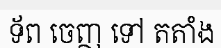
ទ័ព ចេញ ទៅ តតាំង